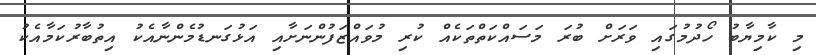
މި ކާމިޔާބު ހޯދުމުގައި ވަރަށް ބުރަ މަސައްކަތްތަކެއް ކުރި މުވައްޒަފުންނަށާއި އަޅުގަނޑުމެންނާއެކު އިތުބާރުކަމާއެކު